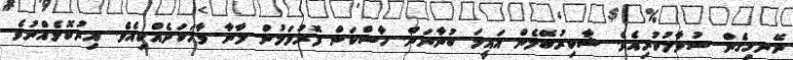
ނޭނގިގެން ސުވާލުކުރިއެވެ. ޝާކިރުބޭމެން އައީމަ ބުނާނަން. ހާސްކަން ފޮރުވަމުން ލާނާ ވާހަކަދެއްކިއެވެ. އިރުކޮޅެއްނުވެ